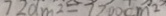
7 2 0 d m ^ { 2 } = 7 2 0 0 c m ^ { 2 }